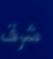
شرق